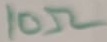
Text: 10Ω